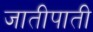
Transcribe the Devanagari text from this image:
जातीपाती